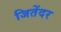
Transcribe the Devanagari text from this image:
जितेंदर